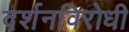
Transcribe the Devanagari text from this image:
दर्शनविरोधी